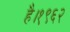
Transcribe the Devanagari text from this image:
है।१९६२